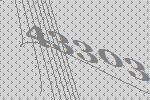
43303